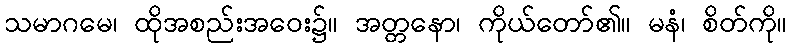
သမာဂမေ၊ ထိုအစည်းအဝေး၌။ အတ္တနော၊ ကိုယ်တော်၏။ မနံ၊ စိတ်ကို။